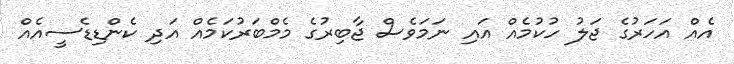
އެއް އަހަރުގެ ޖަލު ހުކުމެއް އައި ނަމަވެސް ޖާބިރުގެ މެމްބަރުކަމެއް އަދި ކެންޑިޑެސީއެއް